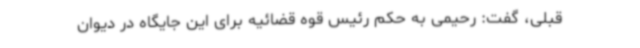
قبلی، گفت: رحیمی به حکم رئیس قوه قضائیه برای این جایگاه در دیوان